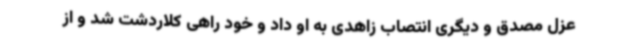
عزل مصدق و دیگری انتصاب زاهدی به او داد و خود راهی کلاردشت شد و از